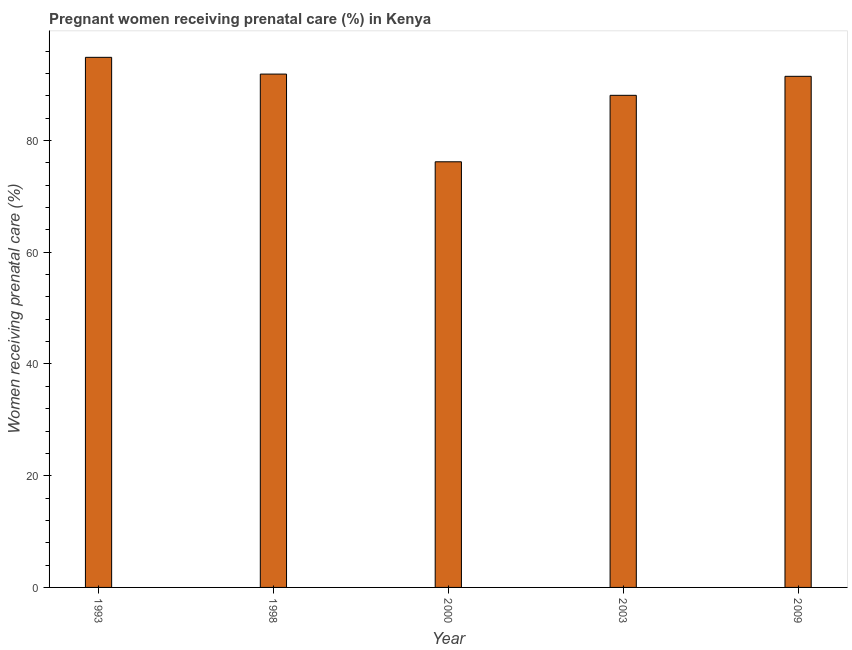
| Year | Pregnant women receiving prenatal care |
 | --- | --- |
 | 1993 | 94.9 |
 | 1998 | 91.9 |
 | 2000 | 76.2 |
 | 2003 | 88.1 |
 | 2009 | 91.5 |